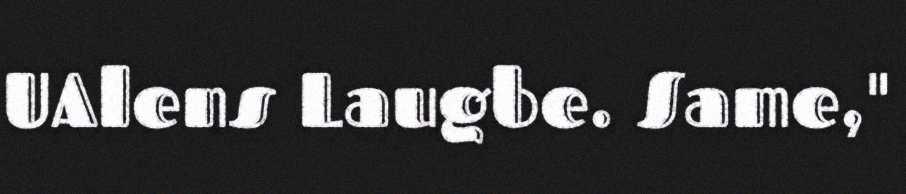
UAlens Laugbe. Same,"